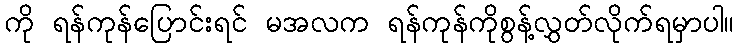
ကို ရန်ကုန်ပြောင်းရင် မအလက ရန်ကုန်ကိုစွန့်လွှတ်လိုက်ရမှာပါ။